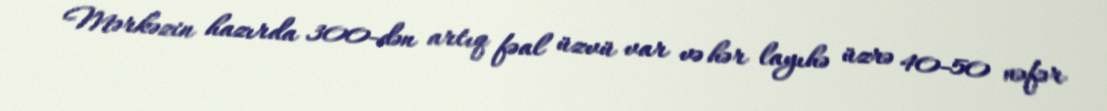
Mərkəzin hazırda 300-dən artıq fəal üzvü var və hər layıhə üzrə 40-50 nəfər